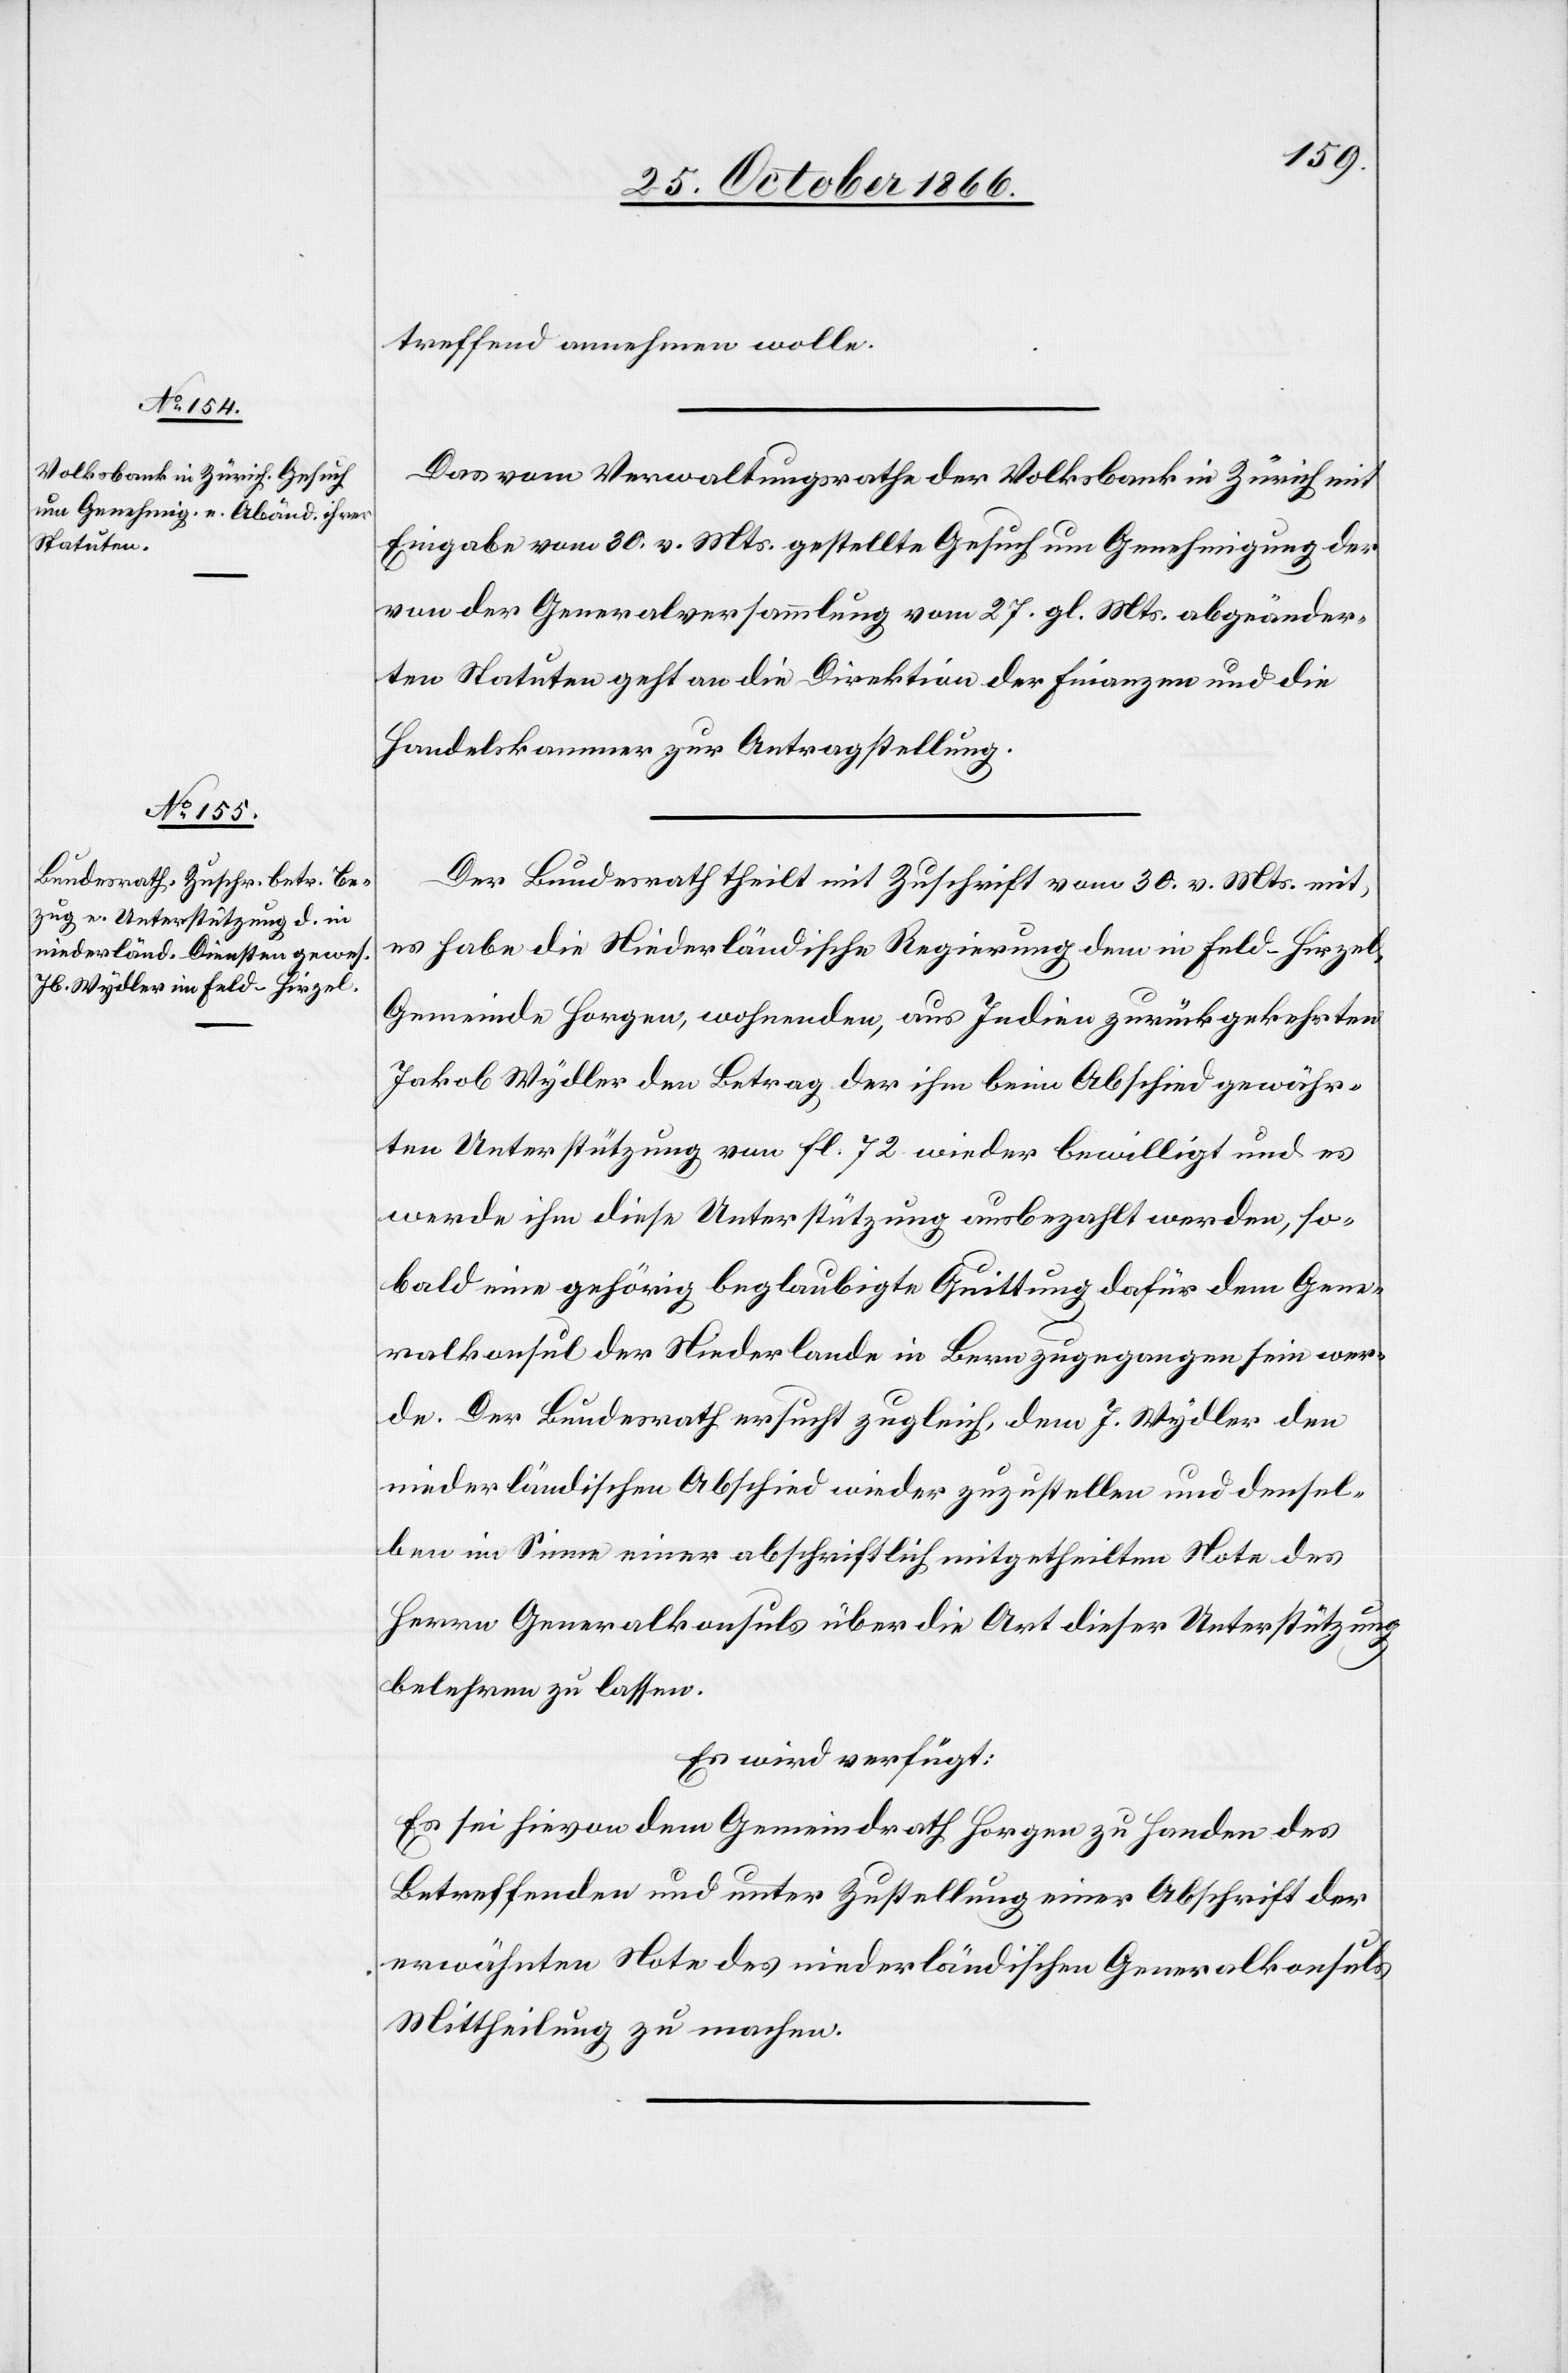
1. November 1866.]
treffend annehmen wolle.
Das vom Verwaltungsrathe der Volksbank in Zürich mit
Eingabe vom 30. v. Mts. gestellte Gesuch um Genehmigung der
von der Generalversammlung vom 27. gl. Mts. abgeänder¬
ten Statuten geht an die Direktion der Finanzen und die
Handelskammer zur Antragstellung.
Der Bundesrath theilt mit Zuschrift vom 30. v. Mts mit,
es habe die Niederländische Regierung dem in Feld-Hirzel,
Gemeinde Horgen, wohnenden, aus Indien zurückgekehrten
Jakob Wydler den Betrag der ihm beim Abschied gewähr¬
ten Unterstützung von fl. 72 wieder bewilligt und es
werde ihm diese Unterstützung ausbezahlt werden, so¬
bald eine gehörig beglaubigte Quittung dafür dem Gene¬
ralkonsul der Niederlande in Bern zugegangen sein wer¬
de. Der Bundesrath ersucht zugleich, dem J. Wydler den
niederländischen Abschied wieder zuzustellen und densel¬
ben im Sinne einer abschriftlich mitgetheilten Note des
Herrn Generalkonsuls über die Art dieser Unterstützung
belehren zu lassen.
Es wird verfügt:
Es sei hievon dem Gemeindrath Horgen zu Handen des
Betreffenden und unter Zustellung einer Abschrift der
erwähnten Note des niederländischen Generalkonsuls
Mittheilung zu machen.